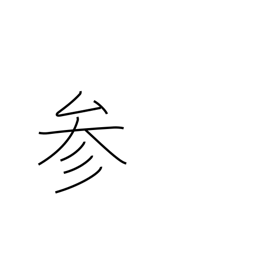
Meaning: be defeated